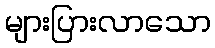
များပြားလာသော